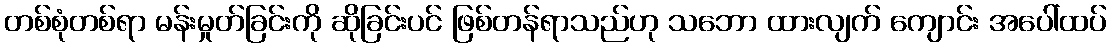
တစ်စုံတစ်ရာ မန်းမှုတ်ခြင်းကို ဆိုခြင်းပင် ဖြစ်တန်ရာသည်ဟု သဘော ထားလျက် ကျောင်း အပေါ်ထပ်